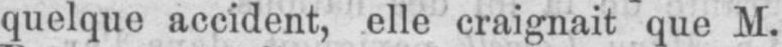
quelque accident, elle craignait que M.